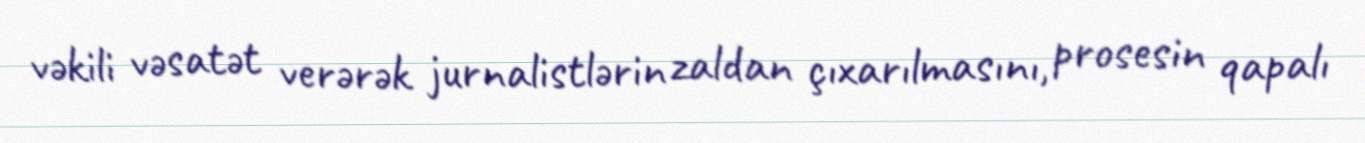
vəkili vəsatət verərək jurnalistlərin zaldan çıxarılmasını, prosesin qapalı